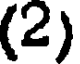
(2)